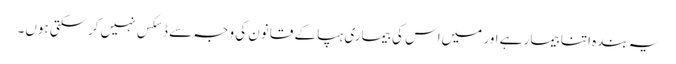
یہ بندہ اتنا بیمار ہے اور میں‌اس کی بیماری ہپا کے قانون کی وجہ سے ڈسکس نہیں‌کرسکتی ہوں۔